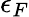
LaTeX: \epsilon_{F}